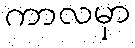
ကာလမှာ